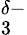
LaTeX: _3^{\delta-}